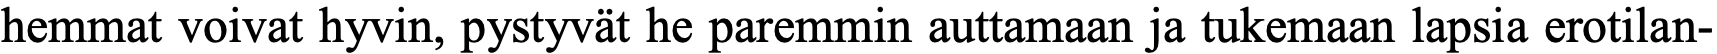
hemmat voivat hyvin, pystyvät he paremmin auttamaan ja tukemaan lapsia erotilan-